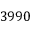
3 9 9 0